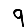
Digit: 9